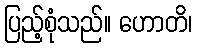
ပြည့်စုံသည်။ ဟောတိ၊